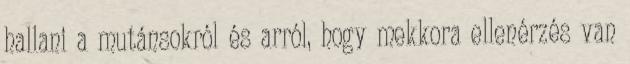
hallani a mutánsokról és arról, hogy mekkora ellenérzés van